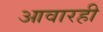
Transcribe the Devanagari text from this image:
आवारही